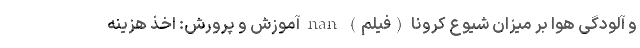
و آلودگی هوا بر میزان شیوع کرونا (فیلم) nan آموزش و پرورش: اخذ هزینه